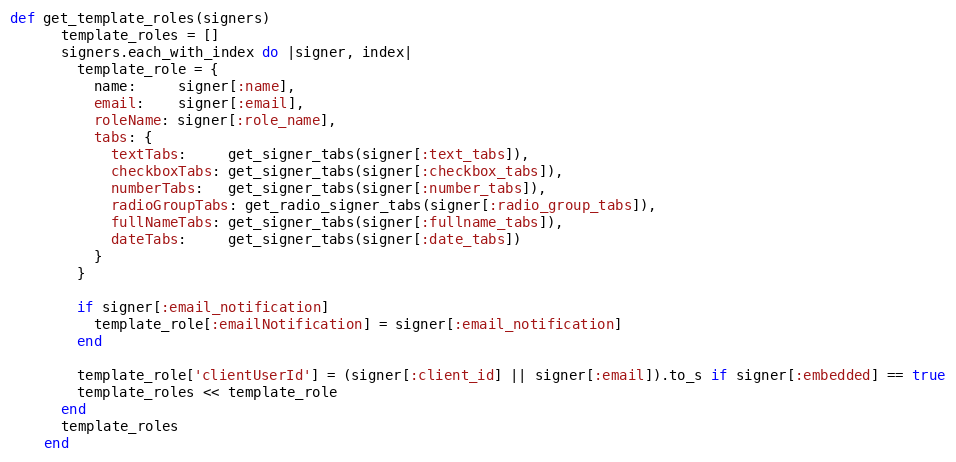
Language: Ruby
def get_template_roles(signers)
      template_roles = []
      signers.each_with_index do |signer, index|
        template_role = {
          name:     signer[:name],
          email:    signer[:email],
          roleName: signer[:role_name],
          tabs: {
            textTabs:     get_signer_tabs(signer[:text_tabs]),
            checkboxTabs: get_signer_tabs(signer[:checkbox_tabs]),
            numberTabs:   get_signer_tabs(signer[:number_tabs]),
            radioGroupTabs: get_radio_signer_tabs(signer[:radio_group_tabs]),
            fullNameTabs: get_signer_tabs(signer[:fullname_tabs]),
            dateTabs:     get_signer_tabs(signer[:date_tabs])
          }
        }

        if signer[:email_notification]
          template_role[:emailNotification] = signer[:email_notification]
        end

        template_role['clientUserId'] = (signer[:client_id] || signer[:email]).to_s if signer[:embedded] == true
        template_roles << template_role
      end
      template_roles
    end